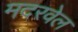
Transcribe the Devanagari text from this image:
मदरवेल